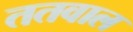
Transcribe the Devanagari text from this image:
ततवाल